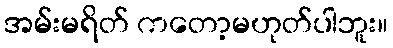
အမ်းမရိတ် ကတော့မဟုတ်ပါဘူး။